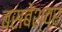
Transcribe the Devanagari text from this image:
बसबेश्वर